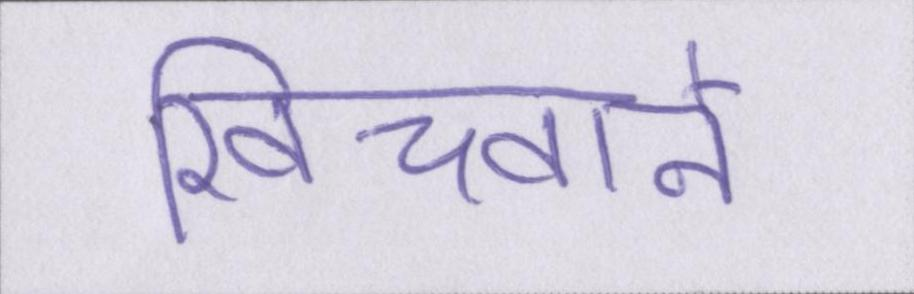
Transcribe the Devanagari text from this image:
खिंचवाने